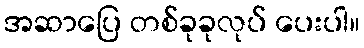
အဆာပြေ တစ်ခုခုလုပ် ပေးပါ။